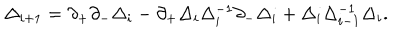
\Delta _ { i + 1 } ^ { } = \partial _ { + } \partial _ { - } \Delta _ { i } ^ { } - \partial _ { + } \Delta _ { i } ^ { } \Delta _ { i } ^ { - 1 } \partial _ { - } \Delta _ { i } ^ { } + \Delta _ { i } ^ { } \Delta _ { i - 1 } ^ { - 1 } \Delta _ { i } ^ { } .